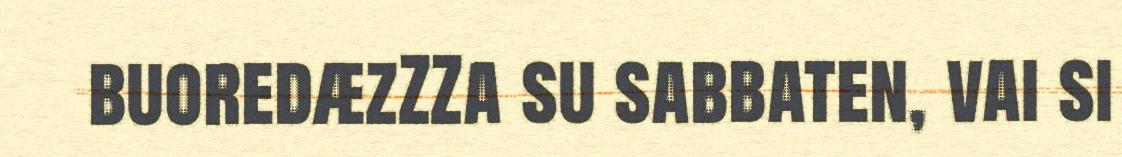
buoredæzZZa su sabbaten, vai si